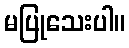
မပြုသေးပါ။